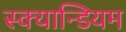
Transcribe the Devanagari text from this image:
स्क्यान्डियम